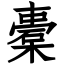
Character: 橐